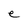
Character: e